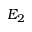
E _ { 2 }